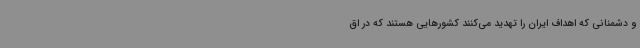
و دشمنانی که اهداف ایران را تهدید می‌کنند کشورهایی هستند که در اق